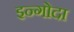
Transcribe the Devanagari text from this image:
इन्गोदा